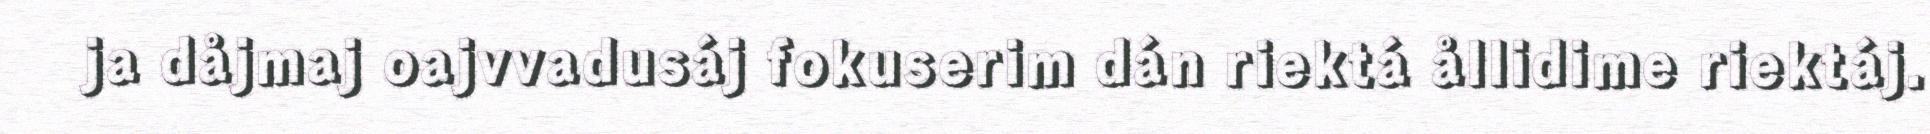
ja dåjmaj oajvvadusáj fokuserim dán riektá ållidime riektáj.